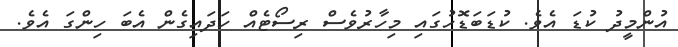
އުންމީދު ކުޑަ އެވެ. ކުޑަބަޑޮހުގައި މިހާރުވެސް ރިސޯޓެއް ހަދައިގެން އެބަ ހިންގަ އެވެ.